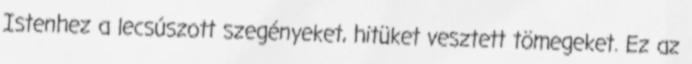
Istenhez a lecsúszott szegényeket, hitüket vesztett tömegeket. Ez az